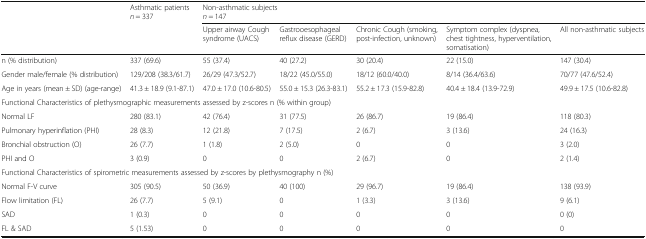
| <ROWSPAN=2>  | <ROWSPAN=2> Asthmatic patients n = 337 | <COLSPAN=5> Non-asthmatic subjectsn = 147 |
 | Upper airway Cough syndrome (UACS) | Gastrooesophageal reflux disease (GERD) | Chronic Cough (smoking, post-infection, unknown) | Symptom complex (dyspnea, chest tightness, hyperventilation, somatisation) | All non-asthmatic subjects |
 | --- | --- | --- | --- | --- | --- | --- |
 | n (% distribution) | 337 (69.6) | 55 (37.4) | 40 (27.2) | 30 (20.4) | 22 (15.0) | 147 (30.4) |
 | Gender male/female (% distribution) | 129/208 (38.3/61.7) | 26/29 (47.3/52.7) | 18/22 (45.0/55.0) | 18/12 (60.0/40.0) | 8/14 (36.4/63.6) | 70/77 (47.6/52.4) |
 | Age in years (mean ± SD) (age-range) | 41.3 ± 18.9 (9.1-87.1) | 47.0 ± 17.0 (10.6-80.5) | 55.0 ± 15.3 (26.3-83.1) | 55.2 ± 17.3 (15.9-82.8) | 40.4 ± 18.4 (13.9-72.9) | 49.9 ± 17.5 (10.6-82.8) |
 | <COLSPAN=7> Functional Characteristics of plethysmographic measurements assessed by z-scores n (% within group) |
 | Normal LF | 280 (83.1) | 42 (76.4) | 31 (77.5) | 26 (86.7) | 19 (86.4) | 118 (80.3) |
 | Pulmonary hyperinflation (PHI) | 28 (8.3) | 12 (21.8) | 7 (17.5) | 2 (6.7) | 3 (13.6) | 24 (16.3) |
 | Bronchial obstruction (O) | 26 (7.7) | 1 (1.8) | 2 (5.0) | 0 | 0 | 3 (2.0) |
 | PHI and O | 3 (0.9) | 0 | 0 | 2 (6.7) | 0 | 2 (1.4) |
 | <COLSPAN=7> Functional Characteristics of spirometric measurements assessed by z-scores by plethysmography n (%) |
 | Normal F-V curve | 305 (90.5) | 50 (36.9) | 40 (100) | 29 (96.7) | 19 (86.4) | 138 (93.9) |
 | Flow limitation (FL) | 26 (7.7) | 5 (9.1) | 0 | 1 (3.3) | 3 (13.6) | 9 (6.1) |
 | SAD | 1 (0.3) | 0 | 0 | 0 | 0 | 0 (0) |
 | FL & SAD | 5 (1.53) | 0 | 0 | 0 | 0 | 0 |